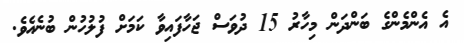
އެ އެންމެންގެ ބަންދަން މިހާރު 15 ދުވަސް ޖަހާފައިވާ ކަމަށް ފުލުހުން ބުނެއެވެ.